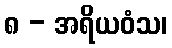
၈ - အရိယဝံသ၊